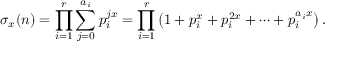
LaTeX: \sigma _ { x } ( n ) = \prod _ { i = 1 } ^ { r } \sum _ { j = 0 } ^ { a _ { i } } p _ { i } ^ { j x } = \prod _ { i = 1 } ^ { r } \left( 1 + p _ { i } ^ { x } + p _ { i } ^ { 2 x } + \cdots + p _ { i } ^ { a _ { i } x } \right) .